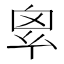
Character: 𢇆